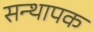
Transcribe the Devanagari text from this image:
सन्थापक